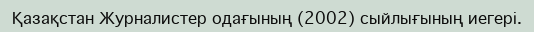
Қазақстан Журналистер одағының (2002) сыйлығының иегері.